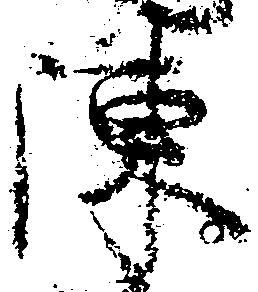
陳